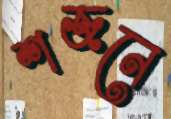
শজনে